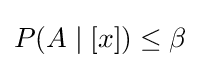
\textstyle P(A\mid [x])\leq \beta